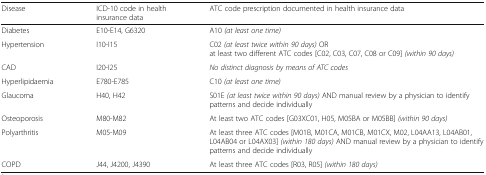
<table><thead><tr><td><b>Disease</b></td><td><b>ICD-10 code in health insurance data</b></td><td><b>ATC code prescription documented in health insurance data</b></td></tr></thead><tbody><tr><td>Diabetes</td><td>E10-E14, G6320</td><td>A10 <i>(at least one time)</i></td></tr><tr><td>Hypertension</td><td>I10-I15</td><td>C02 <i>(at least twice within 90 days)</i> ORat least two different ATC codes [C02, C03, C07, C08 or C09] <i>(within 90 days)</i></td></tr><tr><td>CAD</td><td>I20-I25</td><td><i>No distinct diagnosis by means of ATC codes</i></td></tr><tr><td>Hyperlipidaemia</td><td>E780-E785</td><td>C10 <i>(at least one time)</i></td></tr><tr><td>Glaucoma</td><td>H40, H42</td><td>S01E <i>(at least twice within 90 days)</i> AND manual review by a physician to identify patterns and decide individually</td></tr><tr><td>Osteoporosis</td><td>M80-M82</td><td>At least two ATC codes [G03XC01, H05, M05BA or M05BB] <i>(within 90 days)</i></td></tr><tr><td>Polyarthritis</td><td>M05-M09</td><td>At least three ATC codes [M01B, M01CA, M01CB, M01CX, M02, L04AA13, L04AB01, L04AB04 or L04AX03] <i>(within 180 days)</i> AND manual review by a physician to identify patterns and decide individually</td></tr><tr><td>COPD</td><td>J44, J4200, J4390</td><td>At least three ATC codes [R03, R05] <i>(within 180 days)</i></td></tr></tbody></table>